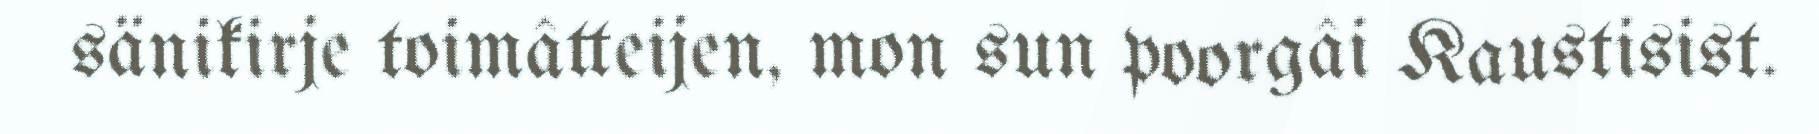
sänikirje toimâtteijen, mon sun poorgâi Kaustisist.